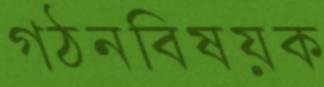
গঠনবিষয়ক